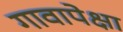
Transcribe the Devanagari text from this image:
गावापेक्षा